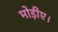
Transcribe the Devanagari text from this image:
मोड़ीए।